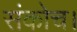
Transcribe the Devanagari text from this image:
संकोच।